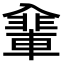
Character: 𠓽